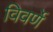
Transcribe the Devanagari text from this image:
विवर्णे